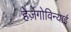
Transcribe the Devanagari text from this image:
हेर्ज़ेगोविन्याई